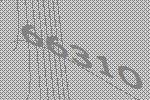
66310